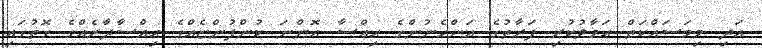
އަދި މިމަސައްކަތް ޙަވާލުކުރި ފަރާތުގެ އަންހެނުންގެ ޙިއްސާ އޮންނަ ކުންފުންޏެއްގެ ޙިއްސާދާރެއްގެ ގޮތުގައި